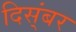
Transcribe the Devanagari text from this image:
दिस्ंबर